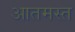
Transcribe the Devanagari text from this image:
आतमस्त